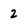
Character: 2